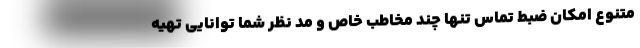
متنوع امکان ضبط تماس تنها چند مخاطب خاص و مد نظر شما توانایی تهیه